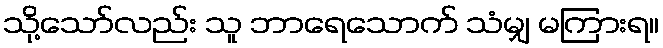
သို့သော်လည်း သူ ဘာရေသောက် သံမျှ မကြားရ။